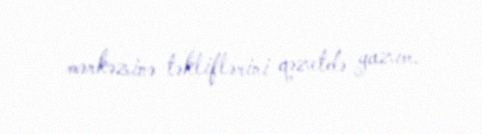
mərkəzinə təkliflərini qəzetdə yazım.